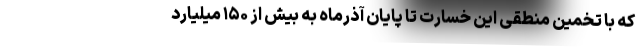
که با تخمین منطقی این خسارت تا پایان آذرماه به بیش از ۱۵۰ میلیارد